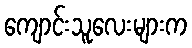
ကျောင်းသူလေးများက